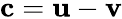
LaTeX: \mathbf{c}=\mathbf{u}-\mathbf{v}